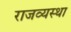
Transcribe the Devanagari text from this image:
राजव्यस्था